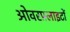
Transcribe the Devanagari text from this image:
ओवरफ़्लाइटों